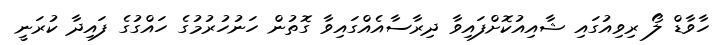
ހާވާޑް ލޯ ރިވިއުގައި ޝާއިއުކޮށްފައިވާ ދިރާސާއެއްގައިވާ ގޮތުން ހަނުހުރުމުގެ ހައްގުގެ ފައިދާ ކުރަނީ